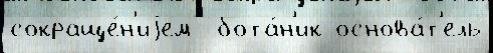
сокраще́н'иjем  бота́н'ик основа́т'ель